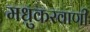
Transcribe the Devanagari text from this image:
मधुकरवाणी